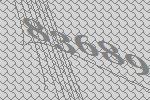
83689